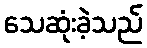
သေဆုံးခဲ့သည်